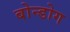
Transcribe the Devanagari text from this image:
बोन्डोग